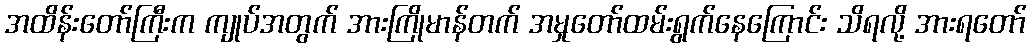
အထိန်းတော်ကြီးက ကျုပ်အတွက် အားကြိုမာန်တက် အမှုတော်ထမ်းရွက်နေကြောင်း သိရလို့ အားရတော်